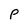
Character: P